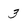
Character: 3